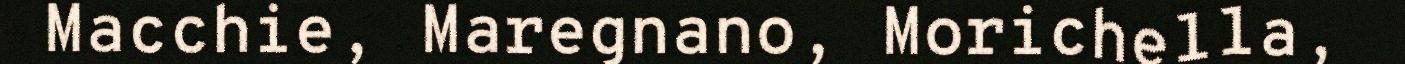
Macchie, Maregnano, Morichella,